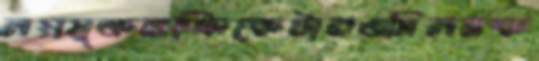
লগ্গমুক্তরক্রিকেটারওমিলনক